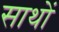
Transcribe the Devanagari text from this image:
साथों